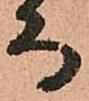
而